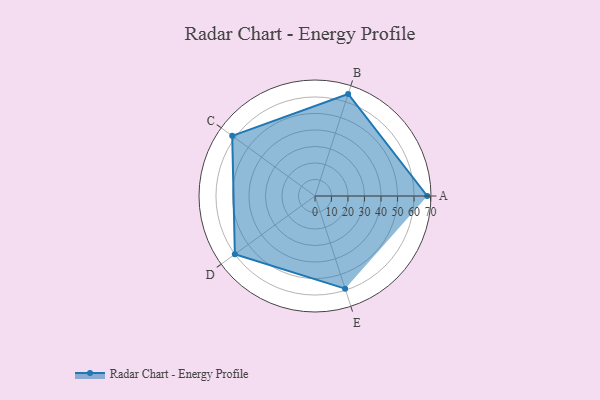
{"axis": {"x": "Skill", "y": "Score"}, "legend": ["Profile"], "data": [{"x": "A", "y": 68.0, "type": "Profile"}, {"x": "B", "y": 65.0, "type": "Profile"}, {"x": "C", "y": 62.0, "type": "Profile"}, {"x": "D", "y": 60.0, "type": "Profile"}, {"x": "E", "y": 59.0, "type": "Profile"}]}